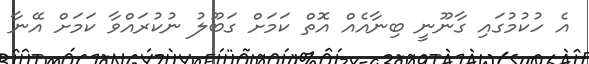
އެ ހުކުމުގައި ގާނޫނީ ބިނާއެއް އޮތް ކަމަށް ގަބޫލު ނުކުރައްވާ ކަމަށް އޭނާ